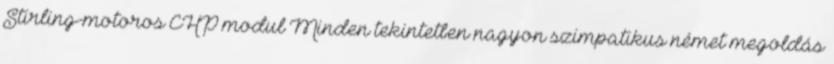
Stirling-motoros CHP modul Minden tekintetben nagyon szimpatikus német megoldás